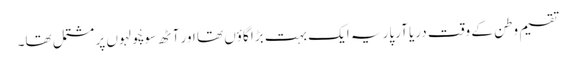
تقسیم وطن کے وقت دریا آرپار یہ ایک بہت بڑا گاؤں تھا اور آٹھ سو چْولہوں پر مشتمل تھا۔